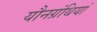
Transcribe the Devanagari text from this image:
यौनग्रंथियां